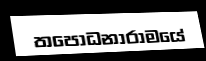
තපෝධනාරාමයේ